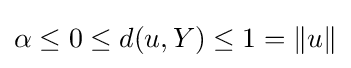
\alpha \leq 0\leq d(u,Y)\leq 1=\|u\|